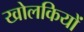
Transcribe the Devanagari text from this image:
खोलकियों